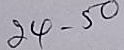
24 - 50